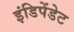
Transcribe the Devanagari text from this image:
इंडिपेंडेट